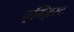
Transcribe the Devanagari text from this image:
एग्ज़िस्ट